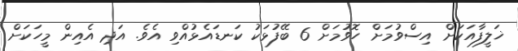
ޚަލީފާއަކަށް އިސްވުމަށް ހޮވުމަށް 6 ބޭފުޅަކު ކަނޑައެޅުއްވި އެވެ. އަދި އެއިން މީހަކަށް